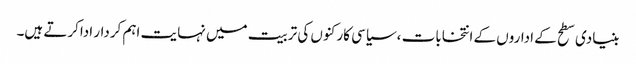
بنیادی سطح کے اداروں کے انتخابات ،سیاسی کارکنوں کی تربیت میں نہایت اہم کردار اداکرتے ہیں۔